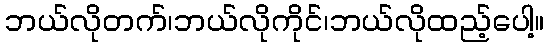
ဘယ်လိုတက်၊ဘယ်လိုကိုင်၊ဘယ်လိုထည့်ပေါ့။